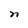
Character: n